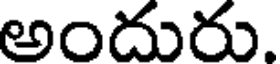
అందురు.